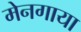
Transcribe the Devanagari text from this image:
मेनगाया